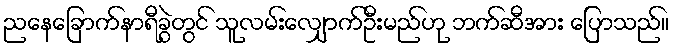
ညနေခြောက်နာရီခွဲတွင် သူလမ်းလျှောက်ဦးမည်ဟု ဘက်ဆီအား ပြောသည်။